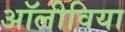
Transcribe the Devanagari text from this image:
अॉलीविया